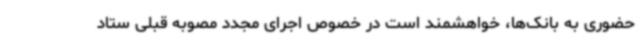
حضوری به بانک‌ها، خواهشمند است در خصوص اجرای مجدد مصوبه قبلی ستاد